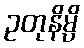
ဥတုနိမ္ပိ